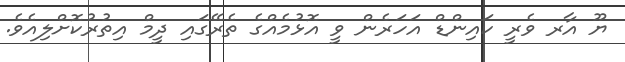
ޔޫ އާރ ވެރީ ކައިންޑް އަހަރެން ވީ އޮޅުމެއްގެ ތެރޭގައި ދީމް އިތުރުކޮށްލިއެވެ.